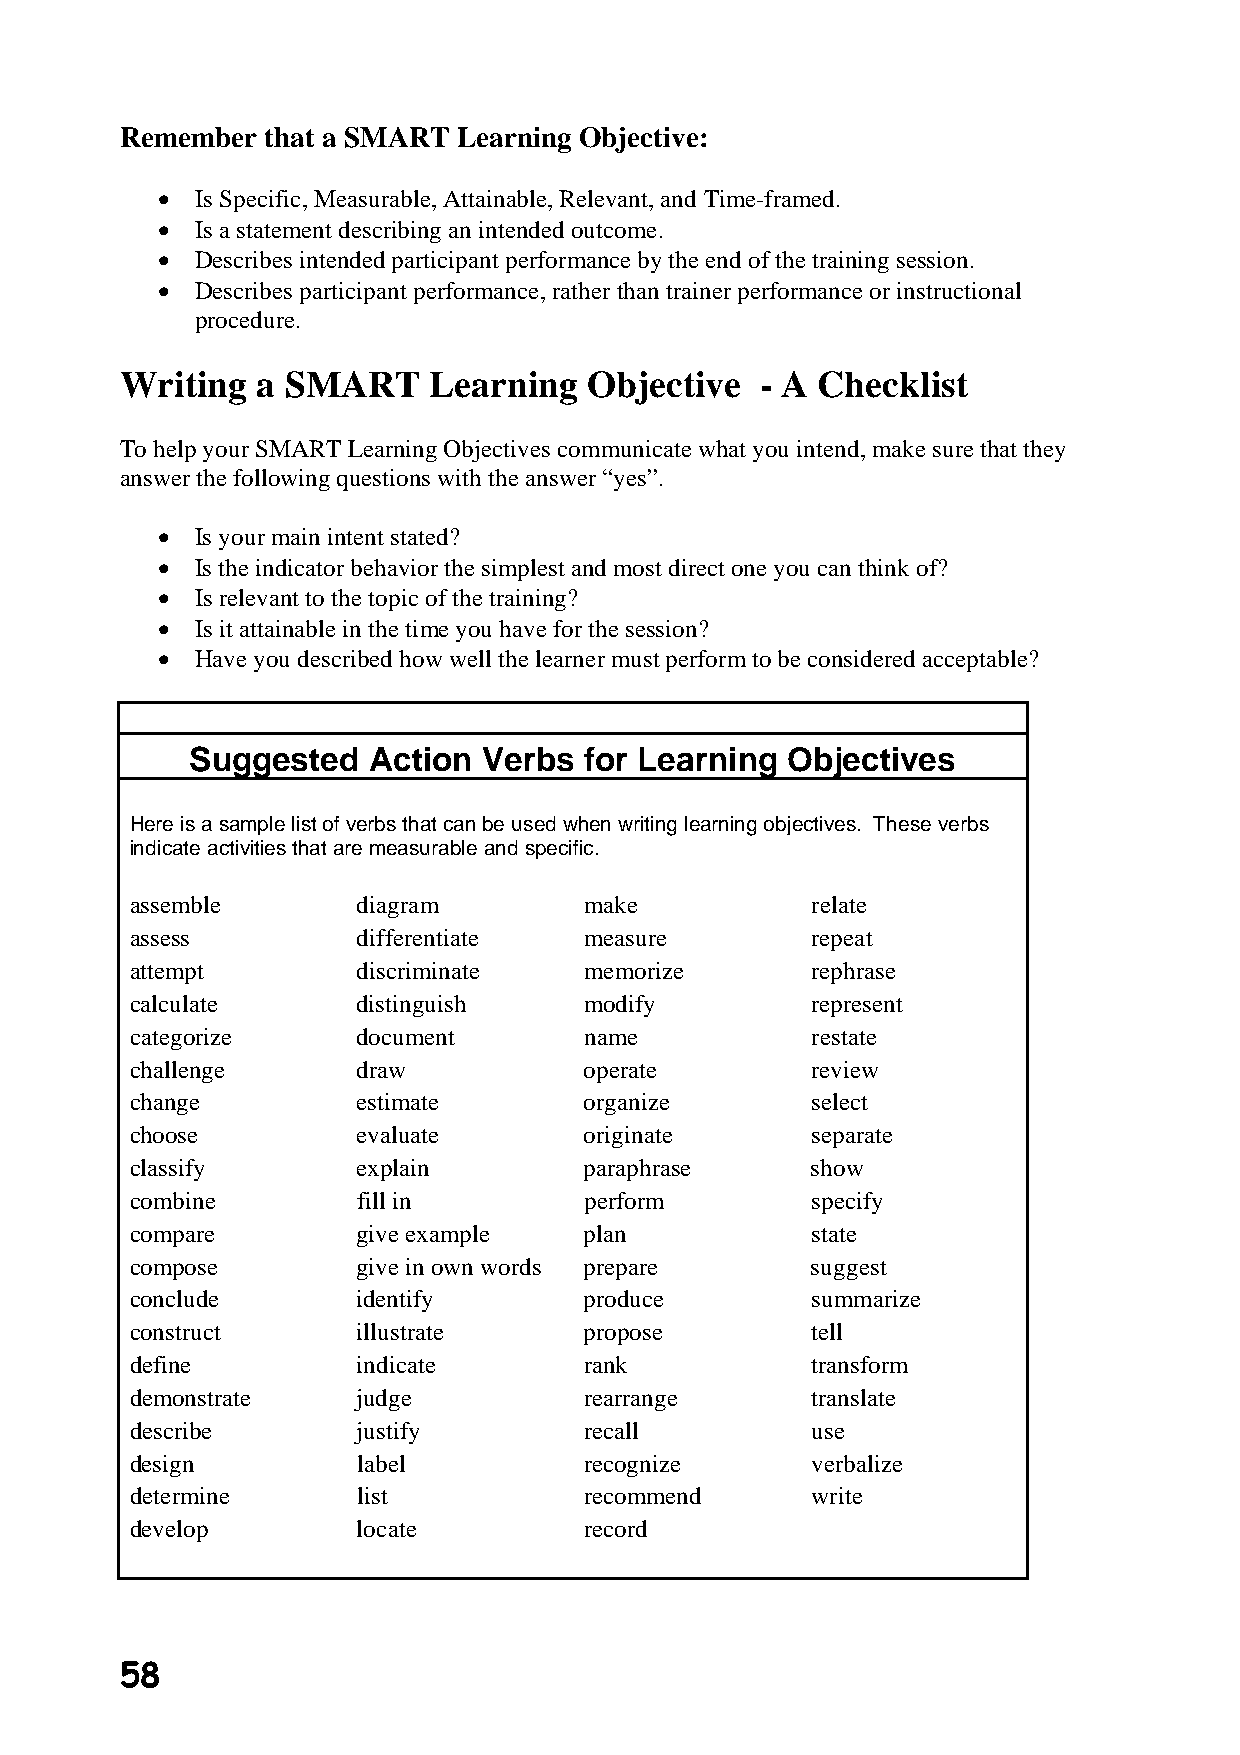
Remember  that a SMART Learning Objective:
 •  Is Specific, Measurable, Attainable, Relevant, and Time-framed.
 •  Is a statement describing an intended outcome.
 •  Describes intended participant performance by the end of the training session.
 •  Describes participant performance, rather than trainer performance or instructional
 procedure.
 Writing  a SMART    Learning   Objective  - A Checklist
 To help your SMART Learning Objectives communicate what you intend, make sure that they
 answer the following questions with the answer “yes”.
 •  Is your main intent stated?
 •  Is the indicator behavior the simplest and most direct one you can think of?
 •  Is relevant to the topic of the training?
 •  Is it attainable in the time you have for the session?
 •  Have you described how well the learner must perform to be considered acceptable?
 Suggested  Action  Verbs  for Learning Objectives
 Here is a sample list of verbs that can be used when writing learning objectives. These verbs
 indicate activities that are measurable and specific.
 assemble       diagram        make           relate
 assess         differentiate  measure        repeat
 attempt        discriminate   memorize       rephrase
 calculate      distinguish    modify         represent
 categorize     document       name           restate
 challenge      draw           operate        review
 change         estimate       organize       select
 choose         evaluate       originate      separate
 classify       explain        paraphrase     show
 combine        fill in        perform        specify
 compare        give example   plan           state
 compose        give in own words prepare     suggest
 conclude       identify       produce        summarize
 construct      illustrate     propose        tell
 define         indicate       rank           transform
 demonstrate    judge          rearrange      translate
 describe       justify        recall         use
 design         label          recognize      verbalize
 determine      list           recommend      write
 develop        locate         record
 58